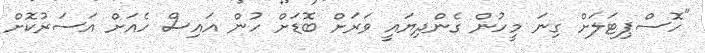
"ހޮސްޕިޓަލަށް ގިނަ މީހުން ގެންދިޔައީ ވަރަށް ބޮޑަށް ހުން އައިސް ހެއަށް އަސަރުކޮށް